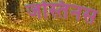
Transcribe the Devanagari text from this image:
जस्तिनस